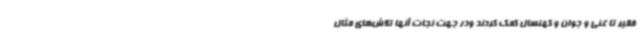
فقیر تا غنی و جوان و کهنسال کمک کردند ودر جهت نجات آنها تلاش‌های مثال